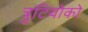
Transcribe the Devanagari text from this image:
त्रुटियोको